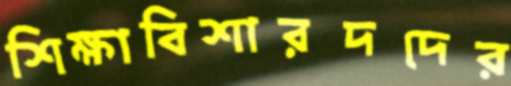
শিক্ষাবিশারদদের